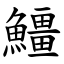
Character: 䲔